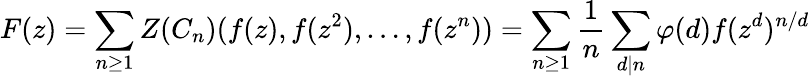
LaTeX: F(z)=\sum_{n\geq 1}Z(C_{n})(f(z),f(z^{2}),\ldots,f(z^{n}))=\sum_{n\geq 1}{\frac{1}{n}}\sum_{d\mid n}\varphi(d)f(z^{d})^{n/d}